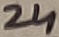
Text: 24